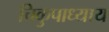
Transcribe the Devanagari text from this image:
चिकुपाध्याय